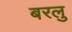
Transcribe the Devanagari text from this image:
बरलु